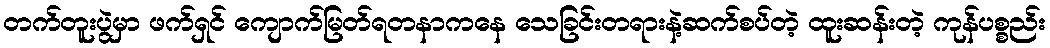
တက်တူးပွဲမှာ ဖက်ရှင် ကျောက်မြတ်ရတနာကနေ သေခြင်းတရားနဲ့ဆက်စပ်တဲ့ ထူးဆန်းတဲ့ ကုန်ပစ္စည်း